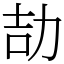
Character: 劼